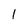
Character: 1